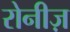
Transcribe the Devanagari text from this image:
रोनीज़